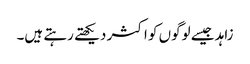
زاہد جیسے لوگوں کو اکثر دیکھتے رہتے ہیں۔